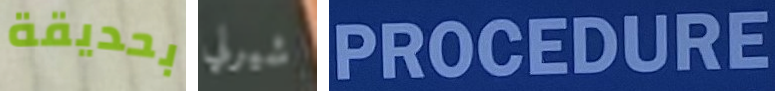
بحديقة شيرلي PROCEDURE